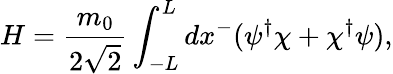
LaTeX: H=\frac{m_{0}}{2\sqrt{2}}\int_{-L}^{L}dx^{-}(\psi^{\dagger}\chi+\chi^{\dagger}\psi),